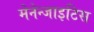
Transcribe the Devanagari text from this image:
मेनेन्जाइटिस